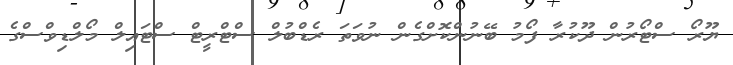
ޔޫރޯ ސްޓޯރުން ދޫކުރާ ފޯމު ބޭނުންކޮށްގެން ނުވަތަ ރެޑްބުލް ސްޓްރީޓް ސްޓައިލް މޯލްޑިވްސްގެ